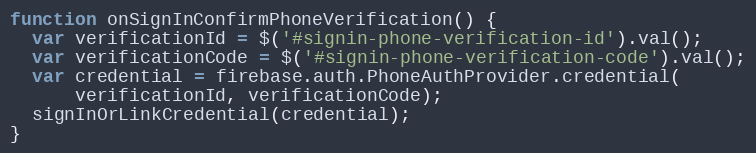
Language: JavaScript
function onSignInConfirmPhoneVerification() {
  var verificationId = $('#signin-phone-verification-id').val();
  var verificationCode = $('#signin-phone-verification-code').val();
  var credential = firebase.auth.PhoneAuthProvider.credential(
      verificationId, verificationCode);
  signInOrLinkCredential(credential);
}